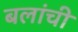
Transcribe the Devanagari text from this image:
बलांची